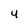
Character: 4